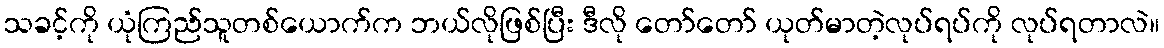
သခင့်ကို ယုံကြည်သူတစ်ယောက်က ဘယ်လိုဖြစ်ပြီး ဒီလို တော်တော် ယုတ်မာတဲ့လုပ်ရပ်ကို လုပ်ရတာလဲ။